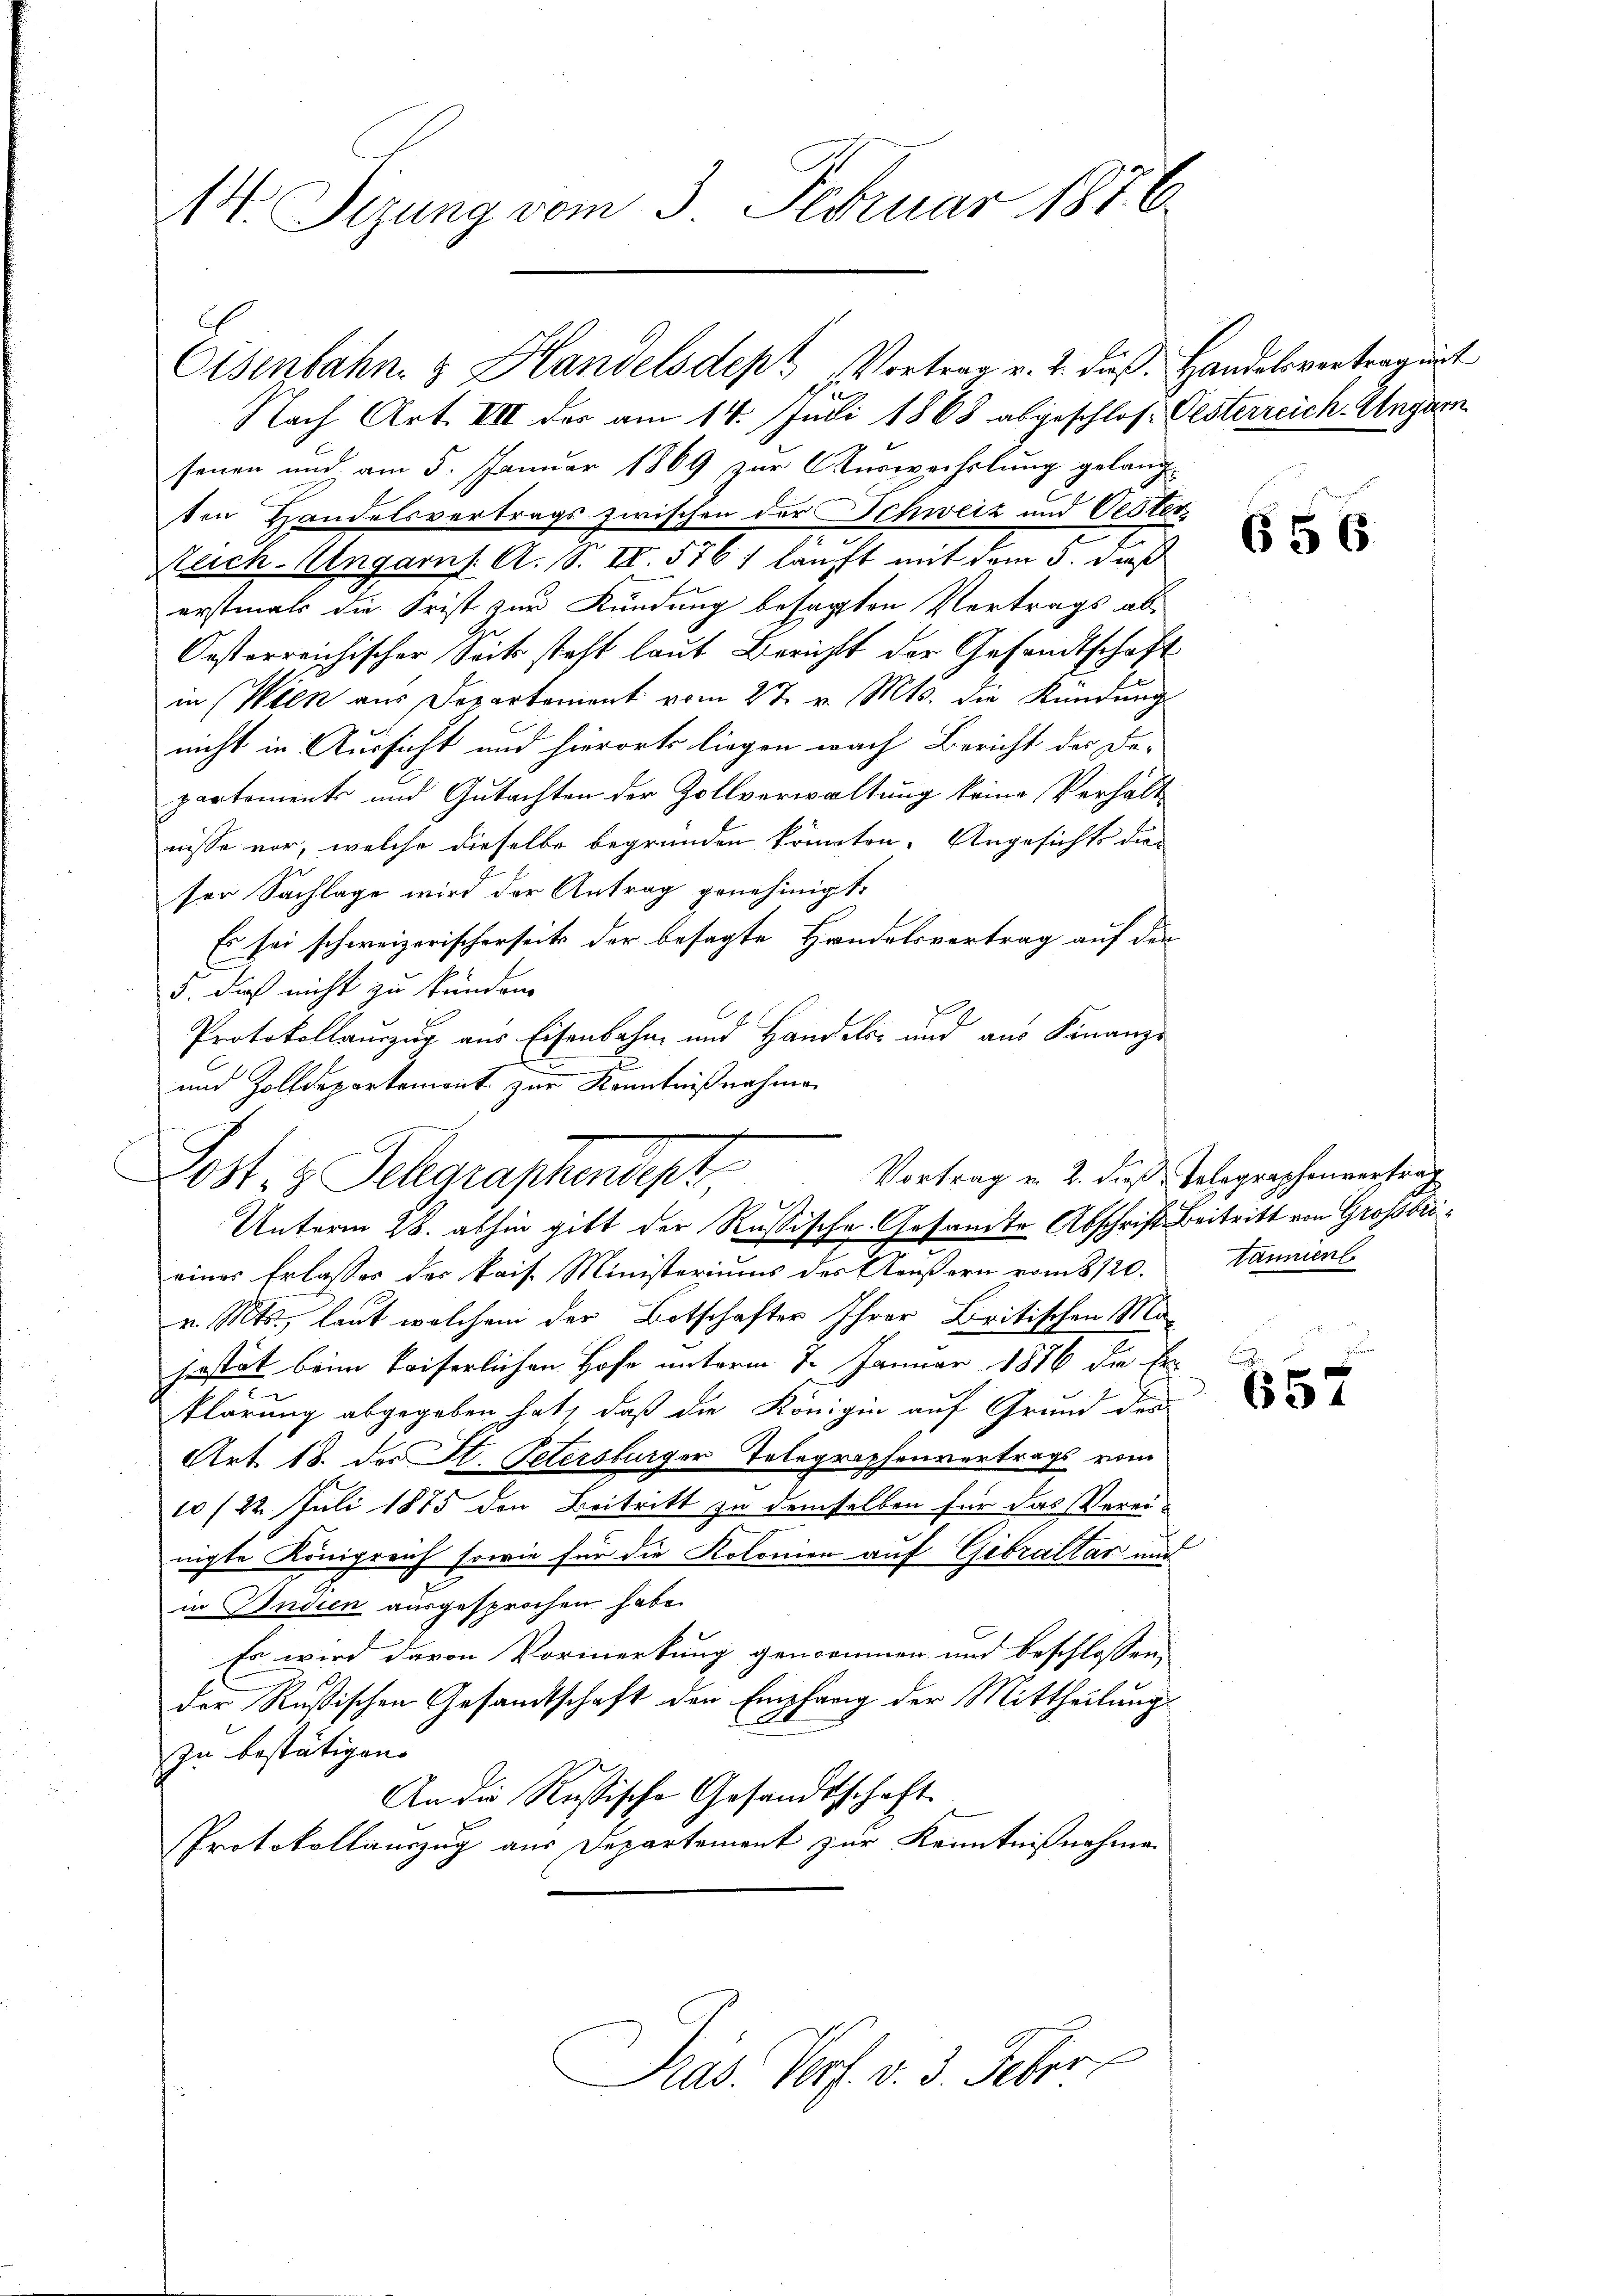
14. Sizung vom 3. Februar 1876.

Eisenbahn & Handelsdept, Vortrag v. 2. daß

Nach Art. VIII der am 14. Juli 1868 abgeschlossenen und am 5. Januar 1869 zur Auswechslung gelang
ten Handelsvertrags zwischen der Schweiz und Oeste
Reich-Ungarns A. S. IV. 576) läuft mit dem 3. dieß
erstmals die Frist zur Kündung besagten Vertrags ab-
Casterreichischer Seits steht laut Berichts der Gesandtschaft
in (Wien aus Departement vom 27. v. Mts. die Kündung
nicht in Aussicht und hierorts liegen nach Bericht der Departements und Gutachten der Zollverwaltung keine Verhält
nisse vor, welche dieselbe begründen könnten. Angesichts dies
ser Sachlage wird der Antrag genehmigt.
Es sei schweizerischerseits der besagte Handelsvertrag auf der
5. dieß nicht zu kunden.
Protokollauszug aus Eisenbahn und Handels- und aus Finanze
d
.
und Zolldepartement zur Kenntnißnahmen
einer Erlasses der kais. Ministeriums des Aeußern vom 8/20.
v. Mts., laut welchem der Botschafter Ihrer Britischen Mo-
jestät beim Kaiserlichen Hofe unterm 7. Januar 1876 die Erklärung abgegeben hat, daß die Königin auf Grund den
Art. 18. der St. Petersburger Telegraphenvertrags vom
10/22. Juli 1875 den Beitritt zu demselben für das Verei-
nigte Königreich sowie für die Kolonien auf Gibraltar und
in Indien ausgesprochen habe.
Es wird davon Vormerkung genommen und beschlossen,
der Rußischen Gesandtschaft den Empfang der Mittheilung
zu bestätigen.
An die Russische Gesandtschaft
Protokollauszug aus Departement zur Kenntnißnahme
Präs. Verf. v. 3. Feber

Vortrag u. 2. dieß Telegraphenvertrag
Lost- & Schgraphendepr
Unterm 28. abhin gibt der Russische Gesandte Abschrift Beitritt von Großbri¬

Handelsvertrag unt
Pesterreich-Ungarn

656

täumenl

.
657